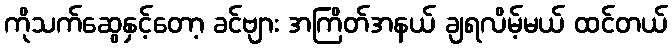
ကိုသက်ဆွေနှင့်တော့ ခင်ဗျား အကြိတ်အနယ် ချရလိမ့်မယ် ထင်တယ်